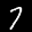
Label: 7